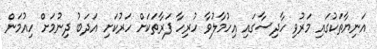
އަނިޔާތަކުގައި މަރުވި ހާދިސާގައި އިހުމާލުވާ ހުރިހާ ފަރާތަކަށް ހަރުކަށި އަދަބު ދިނުމަށް ހިއުމަން